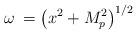
LaTeX: \begin{align*}\omega \: =\left( x^{2}+M_{p}^{2}\right) ^{1/2}\end{align*}